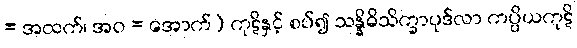
= အထက်၊ အဝ = အောက်) ကုဋိနှင့် စပ်၍ သန္နိဓိသိက္ခာပုဒ်လာ ကပ္ပိယကုဋိ